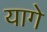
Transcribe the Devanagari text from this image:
यागे